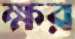
ক্ষর